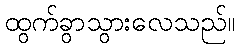
ထွက်ခွာသွားလေသည်။